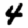
Digit: 4